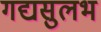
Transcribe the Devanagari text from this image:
गद्यसुलभ